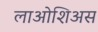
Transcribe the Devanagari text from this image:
लाओशिअस